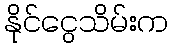
နိုင်ငွေသိမ်းက